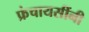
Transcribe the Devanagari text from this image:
फ्रंचायसींनी